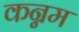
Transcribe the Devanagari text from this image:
कन्नम